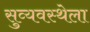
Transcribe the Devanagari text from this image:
सुव्यवस्थेला